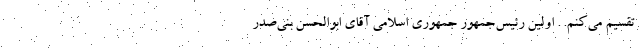
تقسیم‌ می‌کنم. . اولین رئیس‌جمهور جمهوری اسلامی آقای ابوالحسن بنی‌صدر